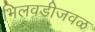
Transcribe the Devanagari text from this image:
भिलवडीजवळ